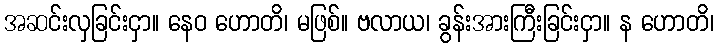
အဆင်းလှခြင်းငှာ။ နေဝ ဟောတိ၊ မဖြစ်။ ဗလာယ၊ ခွန်းအားကြီးခြင်းငှာ။ န ဟောတိ၊